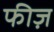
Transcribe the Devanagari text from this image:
फीज़